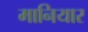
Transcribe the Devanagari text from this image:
मानियार